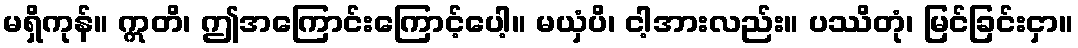
မရှိကုန်။ ဣတိ၊ ဤအကြောင်းကြောင့်ပေါ့။ မယှံပိ၊ ငါ့အားလည်း။ ပဿိတုံ၊ မြင်ခြင်းငှာ။